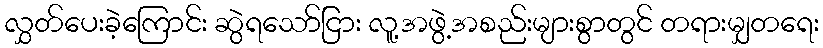
လွှတ်ပေးခဲ့ကြောင်း ဆွဲရသော်ငြား လူ့အဖွဲ့အစည်းများစွာတွင် တရားမျှတရေး